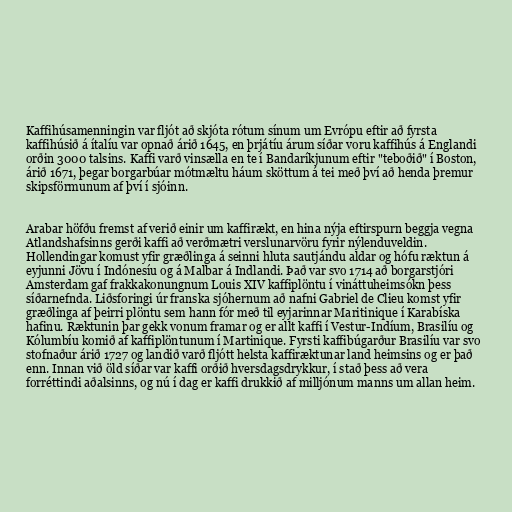
Kaffihúsamenningin var fljót að skjóta rótum sínum um Evrópu eftir að fyrsta
kaffihúsið á ítalíu var opnað árið 1645, en þrjátíu árum síðar voru kaffihús á Englandi
orðin 3000 talsins. Kaffi varð vinsælla en te í Bandaríkjunum eftir "teboðið" í Boston,
árið 1671, þegar borgarbúar mótmæltu háum sköttum á tei með því að henda þremur
skipsförmunum af því í sjóinn.

Arabar höfðu fremst af verið einir um kaffirækt, en hina nýja eftirspurn beggja vegna
Atlandshafsinns gerði kaffi að verðmætri verslunarvöru fyrir nýlenduveldin.
Hollendingar komust yfir græðlinga á seinni hluta sautjándu aldar og hófu ræktun á
eyjunni Jövu í Indónesíu og á Malbar á Indlandi. Það var svo 1714 að borgarstjóri
Amsterdam gaf frakkakonungnum Louis XIV kaffiplöntu í vináttuheimsókn þess
síðarnefnda. Liðsforingi úr franska sjóhernum að nafni Gabriel de Clieu komst yfir
græðlinga af þeirri plöntu sem hann fór með til eyjarinnar Maritinique í Karabíska
hafinu. Ræktunin þar gekk vonum framar og er allt kaffi í Vestur-Indíum, Brasilíu og
Kólumbíu komið af kaffiplöntunum í Martinique. Fyrsti kaffibúgarður Brasilíu var svo
stofnaður árið 1727 og landið varð fljótt helsta kaffiræktunar land heimsins og er það
enn. Innan við öld síðar var kaffi orðið hversdagsdrykkur, í stað þess að vera
forréttindi aðalsinns, og nú í dag er kaffi drukkið af milljónum manns um allan heim.